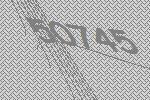
50745